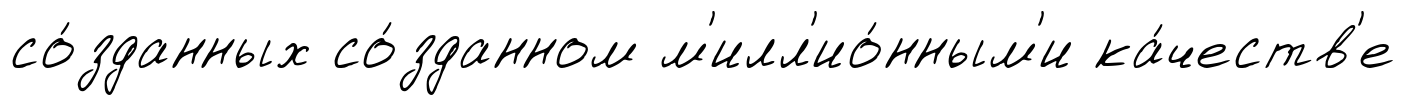
со́зданных со́зданном м'илл'ио́нным'и ка́честв'е